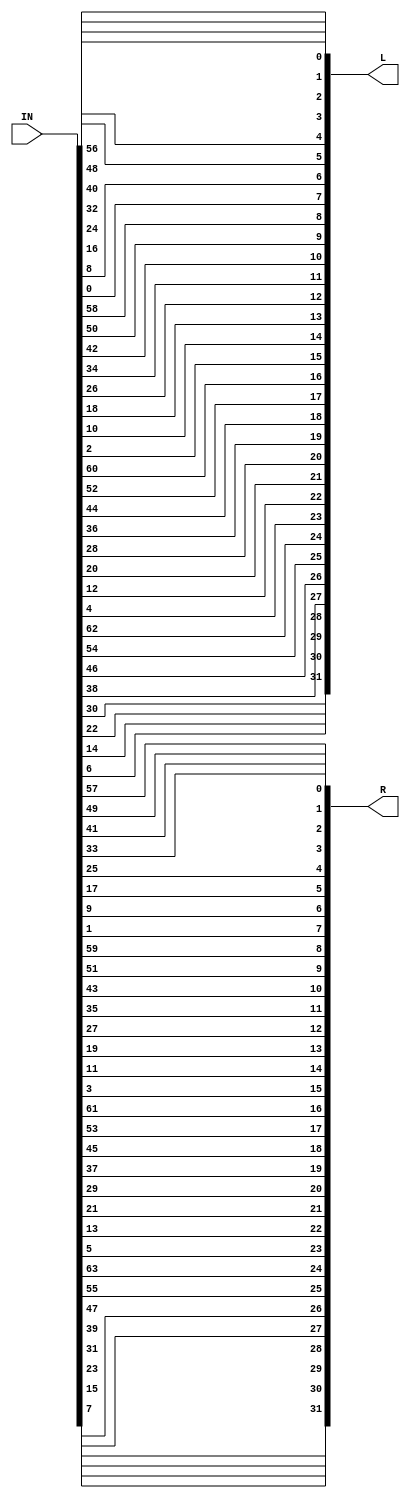
`timescale 1ns / 1ps
//////////////////////////////////////////////////////////////////////////////////
// Company: UAEU
// 
// Design Name: 
// Module Name: Initial_Permutation
// Project Name: 
// Target Devices: 
// Tool Versions: 
// Description: initial permutation for DES encryption 
// 
// Dependencies: 
// 
// Revision:
// Revision 0.01 - File Created
// Additional Comments:
// 
//////////////////////////////////////////////////////////////////////////////////


module Initial_Permutation(output [1:32] L,output [1:32] R, input [1:64] IN);
reg [1:64] OUT;
always @(IN)
    begin
        OUT[01] <= IN[58];
        OUT[02] <= IN[50];
        OUT[03] <= IN[42];
        OUT[04] <= IN[34];
        OUT[05] <= IN[26];
        OUT[06] <= IN[18];
        OUT[07] <= IN[10];
        OUT[08] <= IN[02];
        
        OUT[09] <= IN[60];
        OUT[10] <= IN[52];
        OUT[11] <= IN[44];
        OUT[12] <= IN[36];
        OUT[13] <= IN[28];
        OUT[14] <= IN[20];
        OUT[15] <= IN[12];
        OUT[16] <= IN[04];
        
        OUT[17] <= IN[62];
        OUT[18] <= IN[54];
        OUT[19] <= IN[46];
        OUT[20] <= IN[38];
        OUT[21] <= IN[30];
        OUT[22] <= IN[22];
        OUT[23] <= IN[14];
        OUT[24] <= IN[06];
        
        OUT[25] <= IN[64];
        OUT[26] <= IN[56];
        OUT[27] <= IN[48];
        OUT[28] <= IN[40];
        OUT[29] <= IN[32];
        OUT[30] <= IN[24];
        OUT[31] <= IN[16];
        OUT[32] <= IN[08];
        
        OUT[33] <= IN[57];
        OUT[34] <= IN[49];
        OUT[35] <= IN[41];
        OUT[36] <= IN[33];
        OUT[37] <= IN[25];
        OUT[38] <= IN[17];
        OUT[39] <= IN[09];
        OUT[40] <= IN[01];
        
        OUT[41] <= IN[59];
        OUT[42] <= IN[51];
        OUT[43] <= IN[43];
        OUT[44] <= IN[35];
        OUT[45] <= IN[27];
        OUT[46] <= IN[19];
        OUT[47] <= IN[11];
        OUT[48] <= IN[03];
       
        OUT[49] <= IN[61];
        OUT[50] <= IN[53];
        OUT[51] <= IN[45];
        OUT[52] <= IN[37];
        OUT[53] <= IN[29];
        OUT[54] <= IN[21];
        OUT[55] <= IN[13];
        OUT[56] <= IN[05];
        
        OUT[57] <= IN[63];
        OUT[58] <= IN[55];
        OUT[59] <= IN[47];
        OUT[60] <= IN[39];
        OUT[61] <= IN[31];
        OUT[62] <= IN[23];
        OUT[63] <= IN[15];
        OUT[64] <= IN[07]; 
    end
    assign L = OUT[1:32];
    assign R = OUT[33:64];    
endmodule